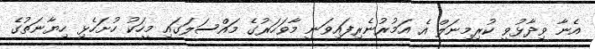
އެނާ ވިދާޅުވީ ކުރިމިނަލް އެ އަމުރުނެރިފައިވަނީ މާވަހަރުގެ މައްސަލަގައި މީހަކު ހުށަހެޅި ހިޔާނަތުގެ